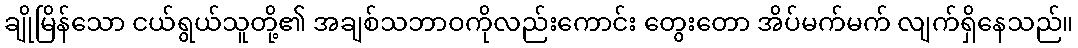
ချိုမြိန်သော ငယ်ရွယ်သူတို့၏ အချစ်သဘာဝကိုလည်းကောင်း တွေးတော အိပ်မက်မက် လျက်ရှိနေသည်။